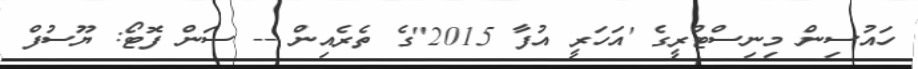
ހައުސިން މިނިސްޓްރީގެ 'އަހަރީ އުފާ 2015"ގެ ތެރެއިން -- ސަން ފޮޓޯ: ޔޫސުފް